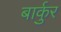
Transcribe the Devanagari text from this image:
बार्कुर